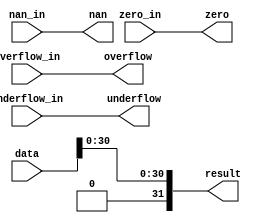
module  abs_s_altfp_abs_hfg
	( 
	data,
	nan,
	nan_in,
	overflow,
	overflow_in,
	result,
	underflow,
	underflow_in,
	zero,
	zero_in) ;
	input   [31:0]  data;
	output   nan;
	input   nan_in;
	output   overflow;
	input   overflow_in;
	output   [31:0]  result;
	output   underflow;
	input   underflow_in;
	output   zero;
	input   zero_in;
`ifndef ALTERA_RESERVED_QIS
// synopsys translate_off
`endif
	tri0   nan_in;
	tri0   overflow_in;
	tri0   underflow_in;
	tri0   zero_in;
`ifndef ALTERA_RESERVED_QIS
// synopsys translate_on
`endif

	wire  [31:0]  data_w;
	wire  gnd_w;

	assign
		data_w = {gnd_w, data[30:0]},
		gnd_w = 1'b0,
		nan = nan_in,
		overflow = overflow_in,
		result = data_w,
		underflow = underflow_in,
		zero = zero_in;
endmodule
module abs_s (
	data,
	nan_in,
	overflow_in,
	underflow_in,
	zero_in,
	nan,
	overflow,
	result,
	underflow,
	zero);

	input	[31:0]  data;
	input	  nan_in;
	input	  overflow_in;
	input	  underflow_in;
	input	  zero_in;
	output	  nan;
	output	  overflow;
	output	[31:0]  result;
	output	  underflow;
	output	  zero;

	wire  sub_wire0;
	wire  sub_wire1;
	wire  sub_wire2;
	wire  sub_wire3;
	wire [31:0] sub_wire4;
	wire  overflow = sub_wire0;
	wire  underflow = sub_wire1;
	wire  nan = sub_wire2;
	wire  zero = sub_wire3;
	wire [31:0] result = sub_wire4[31:0];

	abs_s_altfp_abs_hfg	abs_s_altfp_abs_hfg_component (
				.overflow_in (overflow_in),
				.zero_in (zero_in),
				.underflow_in (underflow_in),
				.nan_in (nan_in),
				.data (data),
				.overflow (sub_wire0),
				.underflow (sub_wire1),
				.nan (sub_wire2),
				.zero (sub_wire3),
				.result (sub_wire4));

endmodule